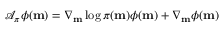
\mathcal { A } _ { \pi } \phi ( \mathbf { m } ) = \nabla _ { \mathbf { m } } \log \pi ( \mathbf { m } ) \phi ( \mathbf { m } ) + \nabla _ { \mathbf { m } } \phi ( \mathbf { m } )